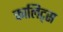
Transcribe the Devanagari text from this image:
कालिट्स